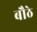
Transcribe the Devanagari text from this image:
बौठे